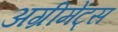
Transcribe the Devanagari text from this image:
अग्रीमेंट्स